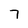
Character: 7